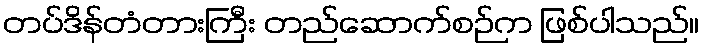
တပ်ဒိန်တံတားကြီး တည်ဆောက်စဉ်က ဖြစ်ပါသည်။